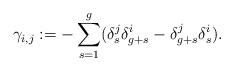
LaTeX: \begin{align*}\gamma_{i,j} := - \sum_{s=1}^g (\delta^j_s \delta^i_{g+s} - \delta^j_{g+s} \delta^i_s).\end{align*}